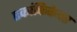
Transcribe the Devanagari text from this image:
एकांकिकेवर